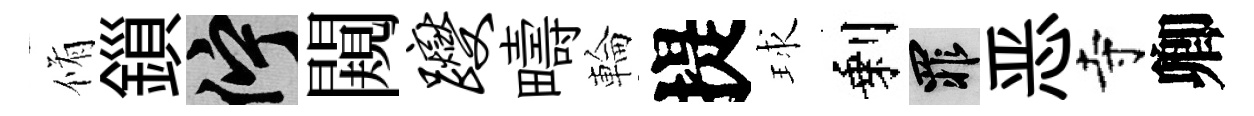
脩鎻伫闚躞疇輪提球剩罪恶寺卿